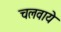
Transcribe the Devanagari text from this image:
चलवाये